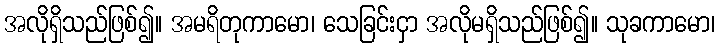
အလိုရှိသည်ဖြစ်၍။ အမရိတုကာမော၊ သေခြင်းငှာ အလိုမရှိသည်ဖြစ်၍။ သုခကာမော၊